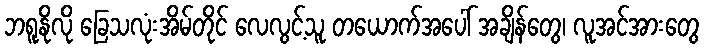
ဘရူနိုလို ခြေသလုံးအိမ်တိုင် လေလွင့်သူ တယောက်အပေါ် အချိန်တွေ၊ လူအင်အားတွေ